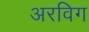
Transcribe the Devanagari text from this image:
अरविग